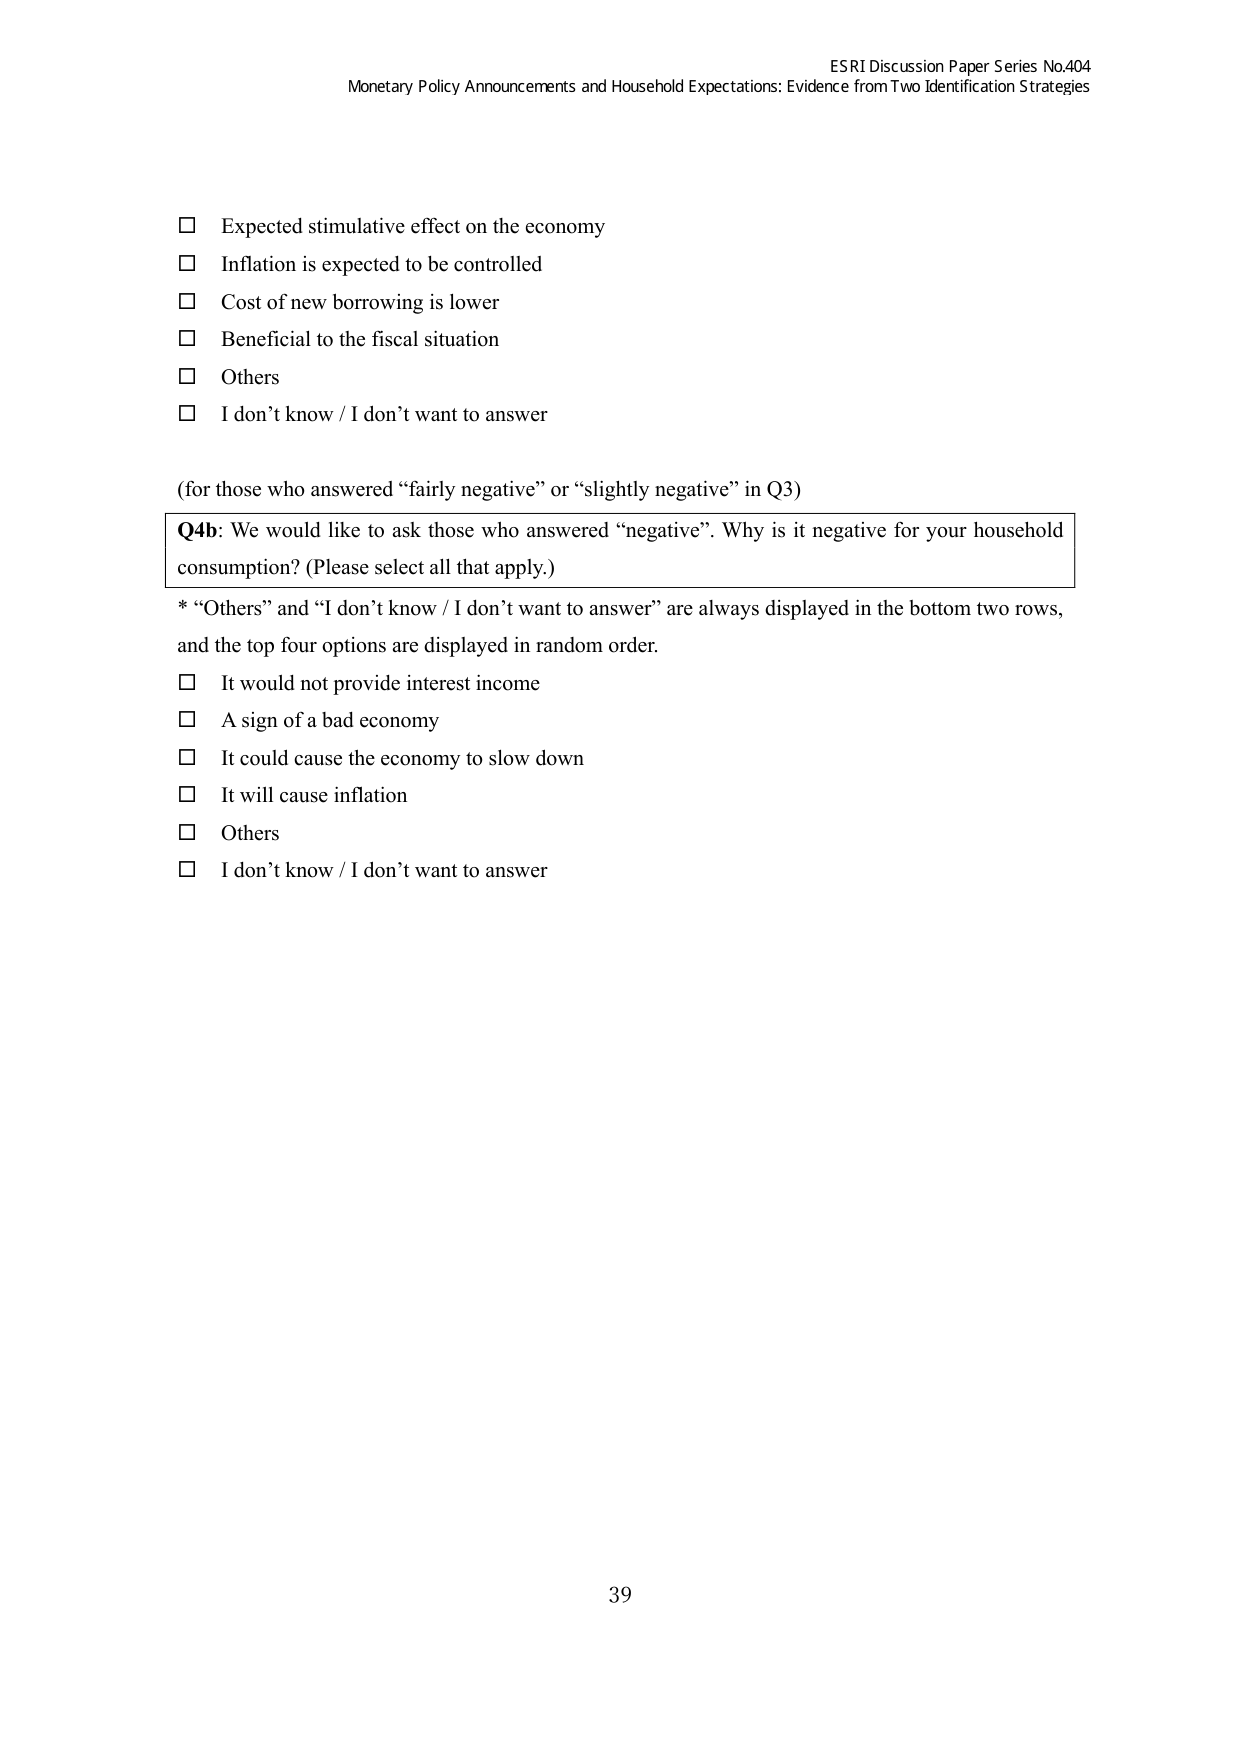
ESRI Discussion Paper Series No.404
Monetary Policy Announcements and Household Expectations: Evidence from Two Identification Strategies

□ Expected stimulative effect on the economy
□ Inflation is expected to be controlled
□ Cost of new borrowing is lower
□ Beneficial to the fiscal situation
□ Others
□ I don’t know / I don’t want to answer

(for those who answered “fairly negative” or “slightly negative” in Q3)

Q4b: We would like to ask those who answered “negative”. Why is it negative for your household consumption? (Please select all that apply.)

* “Others” and “I don’t know / I don’t want to answer” are always displayed in the bottom two rows, and the top four options are displayed in random order.

□ It would not provide interest income
□ A sign of a bad economy
□ It could cause the economy to slow down
□ It will cause inflation
□ Others
□ I don’t know / I don’t want to answer

39